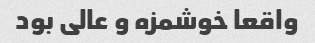
واقعا خوشمزه و عالی بود